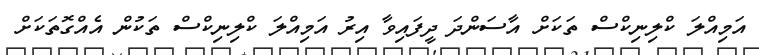
އަމިއްލަ ކްލިނިކްސް ތަކަށް އާސަންދަ ދީފައިވާ އިރު އަމިއްލަ ކްލިނިކްސް ތަކުން އެއްގޮތަކަށް